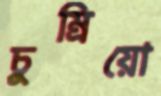
চুম্‌রিয়ো